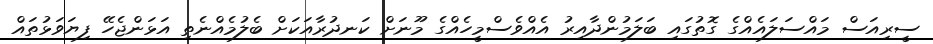
ސީރިއަސް މައްސަލައެއްގެ ގޮތުގައި ބަލަމުންދާއިރު އެއްވެސްމީހެއްގެ މޫނަށް ކަނދުރާއަކަށް ބެލުމެއްނެތި އަޅަންޖެހޭ ފިޔަވަޅުތައް